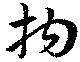
拘